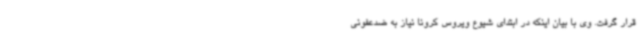
قرار گرفت. وی با بیان اینکه در ابتدای شیوع ویروس کرونا نیاز به ضدعفونی